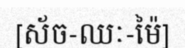
[ស័ច-ឈៈ-ម៉ៃ]